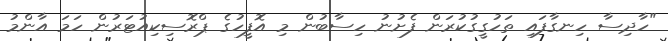
"ހާދިސާ ހިނގާފައި ތަހުގީގުކުރަން ފެށުނު ހިސާބުން މި އޮފީހުގެ ޕްރޮސިކިއުޓަރުން ހަމަ އާންމު